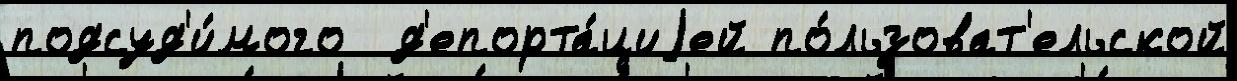
подсуд'и́мого  д'епорта́циjей по́льзоват'ельской